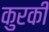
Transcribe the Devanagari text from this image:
कुरकी